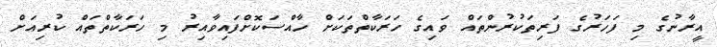
އީރާނުގެ މި ފަހަރުގެ ފަރިތަކުރުންތައް ވައިގެ ހަރަކާތްތަކަށް ހާއްސަކޮށްފައިވާއިރު މި ހަރަކާތްތައް ކުރިއަށް